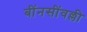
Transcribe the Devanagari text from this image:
बींनसींवल्ली